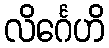
လိင်္ဂေဟိ